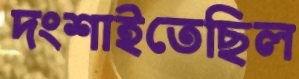
দংশাইতেছিল